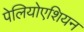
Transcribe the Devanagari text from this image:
पेलियोएशियन